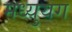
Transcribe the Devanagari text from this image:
मध्युयग